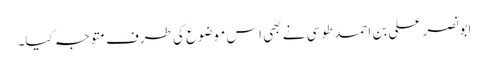
ابونصر علی بن احمد طوسی نے بھی اس موضوع کی طرف متوجہ کیا۔